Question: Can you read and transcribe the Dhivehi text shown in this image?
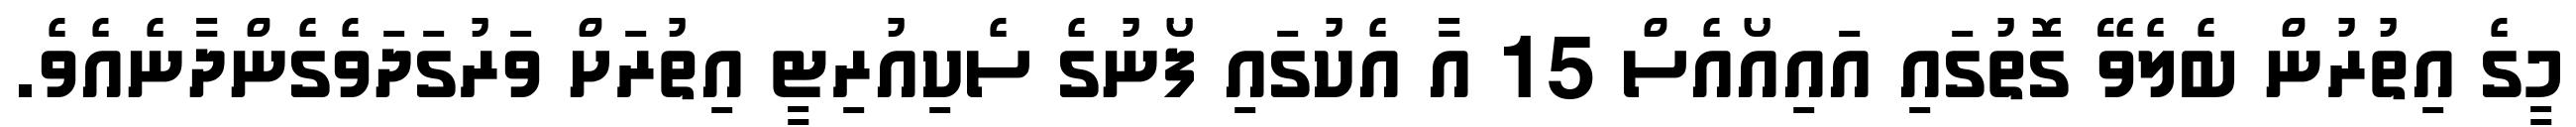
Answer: މީގެ އިތުރުން ބެލެވޭ ގޮތުގައި އައިއޯއެސް 15 އާ އެކުގައި ފޯނުގެ ސެކިއުރިޓީ އިތުރަށް ވަރުގަދަވެގެންދާނެއެވެ.